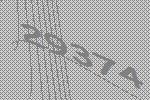
29374